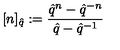
\lbrack n ] _ { \hat { q } } : = \frac { \hat { q } ^ { n } - \hat { q } ^ { - n } } { \hat { q } - \hat { q } ^ { - 1 } }